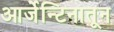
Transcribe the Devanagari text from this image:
आर्जेन्टिनातून